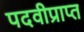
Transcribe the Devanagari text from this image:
पदवीप्राप्त